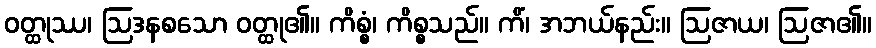
ဝတ္ထုဿ၊ ဩဒနစသော ဝတ္ထု၏။ ကိစ္စံ၊ ကိစ္စသည်။ ကိံ၊ အဘယ်နည်း။ ဩဇာယ၊ ဩဇာ၏။